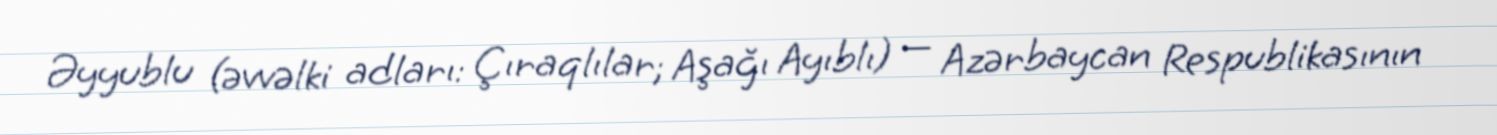
Əyyublu (əvvəlki adları: Çıraqlılar; Aşağı Ayıblı) — Azərbaycan Respublikasının